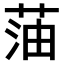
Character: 𫈜